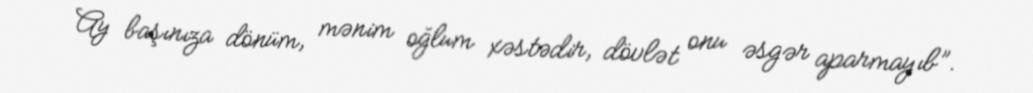
Ay başınıza dönüm, mənim oğlum xəstədir, dövlət onu əsgər aparmayıb”.